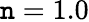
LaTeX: \mathtt{n}=1.0